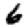
Digit: 6